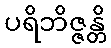
ပရိဘိဇ္ဇန္တိ